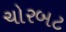
ચોરબટ